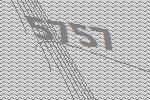
5757